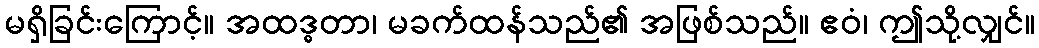
မရှိခြင်းကြောင့်။ အထဒ္ဓတာ၊ မခက်ထန်သည်၏ အဖြစ်သည်။ ဧဝံ၊ ဤသို့လျှင်။